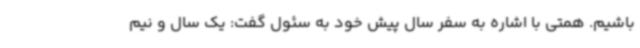
باشیم. همتی با اشاره به سفر سال پیش خود به سئول گفت: یک سال و نیم